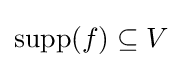
\operatorname {supp} (f)\subseteq V